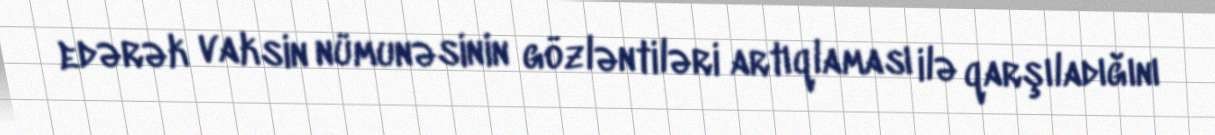
edərək vaksin nümunəsinin gözləntiləri artıqlaması ilə qarşıladığını